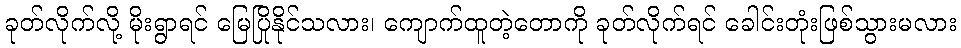
ခုတ်လိုက်လို့ မိုးရွာရင် မြေပြိုနိုင်သလား၊ ကျောက်ထူတဲ့တောကို ခုတ်လိုက်ရင် ခေါင်းတုံးဖြစ်သွားမလား